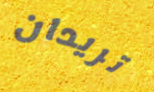
تريدان